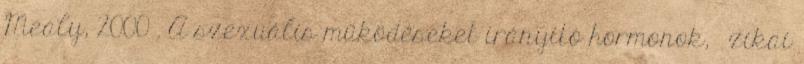
Mealy, 2000 . A szexuális működéseket irányító hormonok, ﬁzikai